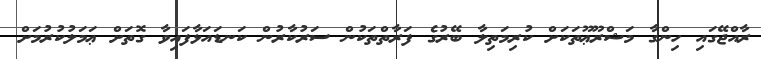
ރާއްޖޭގައި ހިންގާ މަޝްރޫޢޫތަކަށް ކުރިމަތިލާ ބޭރުގެ ފަރާތްތަކުން ސަރުކާރުން ކަނޑައަޅާފައިވާ ގޮތަށް ޢަމަލުކުރުމަށް